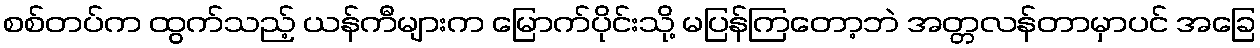
စစ်တပ်က ထွက်သည့် ယန်ကီများက မြောက်ပိုင်းသို့ မပြန်ကြတော့ဘဲ အတ္တလန်တာမှာပင် အခြေ